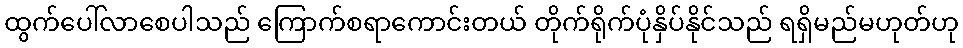
ထွက်ပေါ်လာစေပါသည် ကြောက်စရာကောင်းတယ် တိုက်ရိုက်ပုံနှိပ်နိုင်သည် ရရှိမည်မဟုတ်ဟု